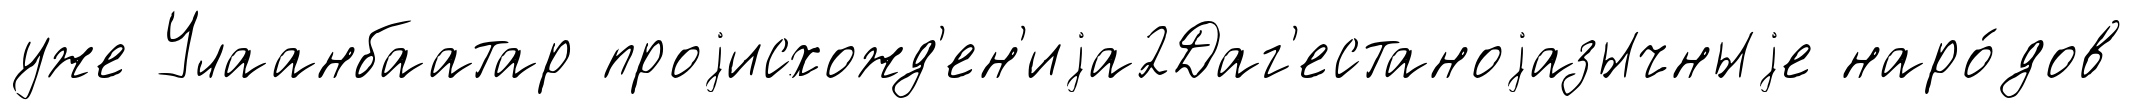
уже Улаанбаатар проjисхожд'ен'иjа2Даг'естаноjазычныjе наро́дов